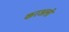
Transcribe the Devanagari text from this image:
करअली